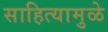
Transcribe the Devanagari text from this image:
साहित्यामुळे